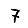
Digit: 7